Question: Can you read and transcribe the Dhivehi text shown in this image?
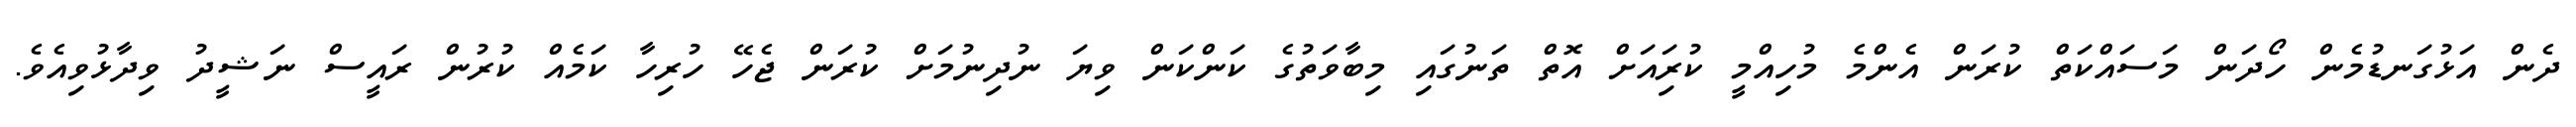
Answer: ދެން އަޅުގަނޑުމެން ހޯދަން މަސައްކަތް ކުރަން އެންމެ މުހިއްމީ ކުރިައަށް އޮތް ތަނުގައި މިބާވަތުގެ ކަންކަން ވިޔަ ނުދިނުމަށް ކުރަން ޖެހޭ ހުރިހާ ކަމެއް ކުރުން ރައީސް ނަޝީދު ވިދާޅުވިއެވެ.